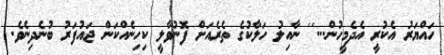
ހައްޔަރު އެކުރީ އެދެމީހުން...'' ނާއިލު ހަލާކުގެ ތެރެއަށް ފޮނުވާލީ ކިހިނެއްކަން ޖައުފަރު ބުނެދިނެވެ.